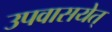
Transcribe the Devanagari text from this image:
उपवासयेत्